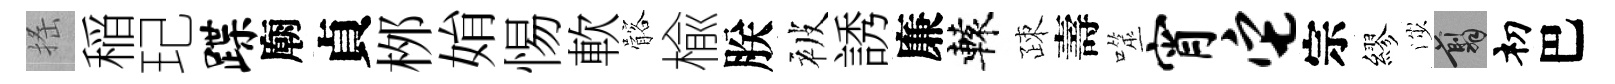
搖稲玘蹀廟貞桞姢惕軟髂楡朕被誘廉轅疎壽噬宵它宗繆渉翦𥘉巴